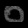
Digit: ၀